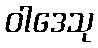
ဝါဒေသု